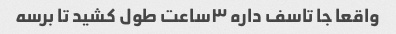
واقعا جا تاسف داره ۳ساعت طول کشید تا برسه